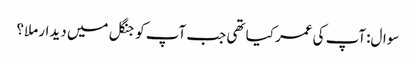
سوال:آپ کی عمر کیا تھی جب آپ کو جنگل میں دیدار ملا؟